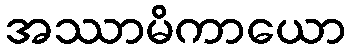
အဿာမိကာယော